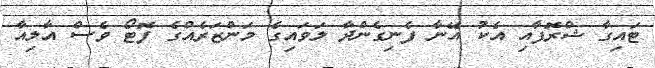
ޓައިގާ ޝްރޮފާއި އެކު އޭނާ ފެނިގެންދާ ލަވައިގެ މަންޒަރެއްގެ ފޮޓޯ ވެސް އާލިއާ